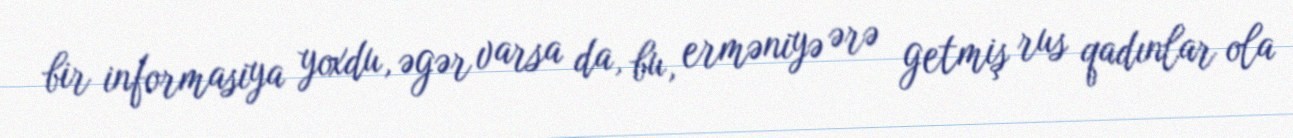
bir informasiya yoxdu, əgər varsa da, bu, erməniyə ərə getmiş rus qadınlar ola